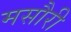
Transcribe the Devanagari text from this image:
मसौरी